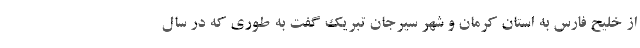
از خلیح فارس به استان کرمان و شهر سیرجان تبریک گفت به طوری که در سال